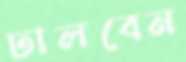
ঢালবেন